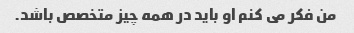
من فکر می کنم او باید در همه چیز متخصص باشد.